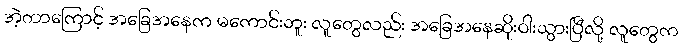
အဲ့တာကြောင့် အခြေအနေက မကောင်းဘူး လူတွေလည်း အခြေအနေဆိုးဝါးသွားပြီလို့ လူတွေက